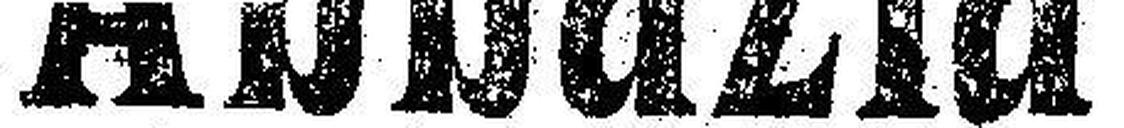
Abbazia